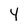
Character: Y